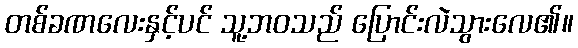
တစ်ခဏလေးနှင့်ပင် သူ့ဘဝသည် ပြောင်းလဲသွားလေ၏။